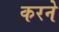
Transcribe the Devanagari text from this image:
करनेे